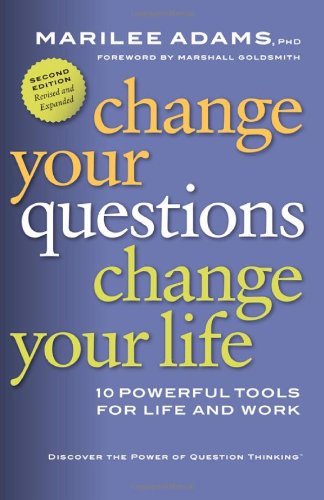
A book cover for Change Your Questions, Change Your Life: 10 Powerful Tools for Life and Work (Inquiry Institute Library); Marilee Adams; Business & Money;